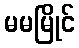
မမမြိုင်